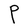
Character: P